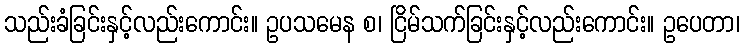
သည်းခံခြင်းနှင့်လည်းကောင်း။ ဥပသမေန စ၊ ငြိမ်သက်ခြင်းနှင့်လည်းကောင်း။ ဥပေတာ၊